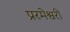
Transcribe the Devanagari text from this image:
प्ररमेश्वरी